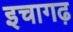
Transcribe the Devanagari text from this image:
इचागढ़